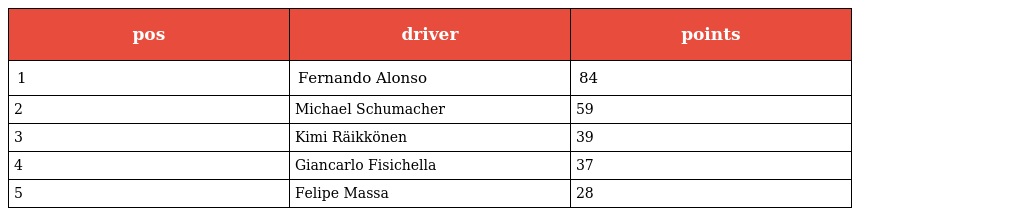
| pos | driver | points |
 | --- | --- | --- |
 | 1 | Fernando Alonso | 84 |
 | 2 | Michael Schumacher | 59 |
 | 3 | Kimi Räikkönen | 39 |
 | 4 | Giancarlo Fisichella | 37 |
 | 5 | Felipe Massa | 28 |